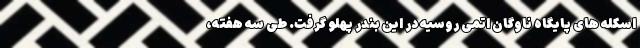
اسکله های پایگاه ناوگان اتمی روسیه در این بندر پهلو گرفت. طی سه هفته،